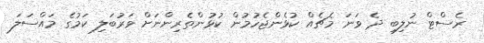
ރެސްޓް ނުލިބި ދެ ވަނަ މެޗެއް ކުޅެންޖެހުމުން ކުޅުންތެރިންނަށް ވަރުބަލި ކަމުގެ މައްސަލަ